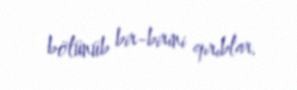
bölünüb bir-birini qırıblar.